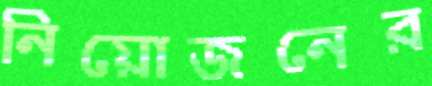
নিয়োজনের